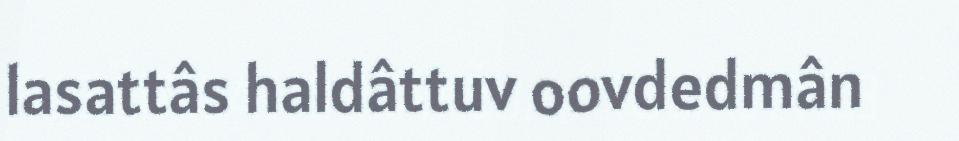
lasattâs haldâttuv oovdedmân